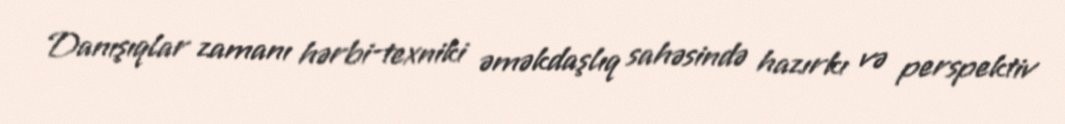
Danışıqlar zamanı hərbi-texniki əməkdaşlıq sahəsində hazırkı və perspektiv